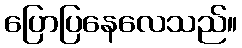
ပြောပြနေလေသည်။